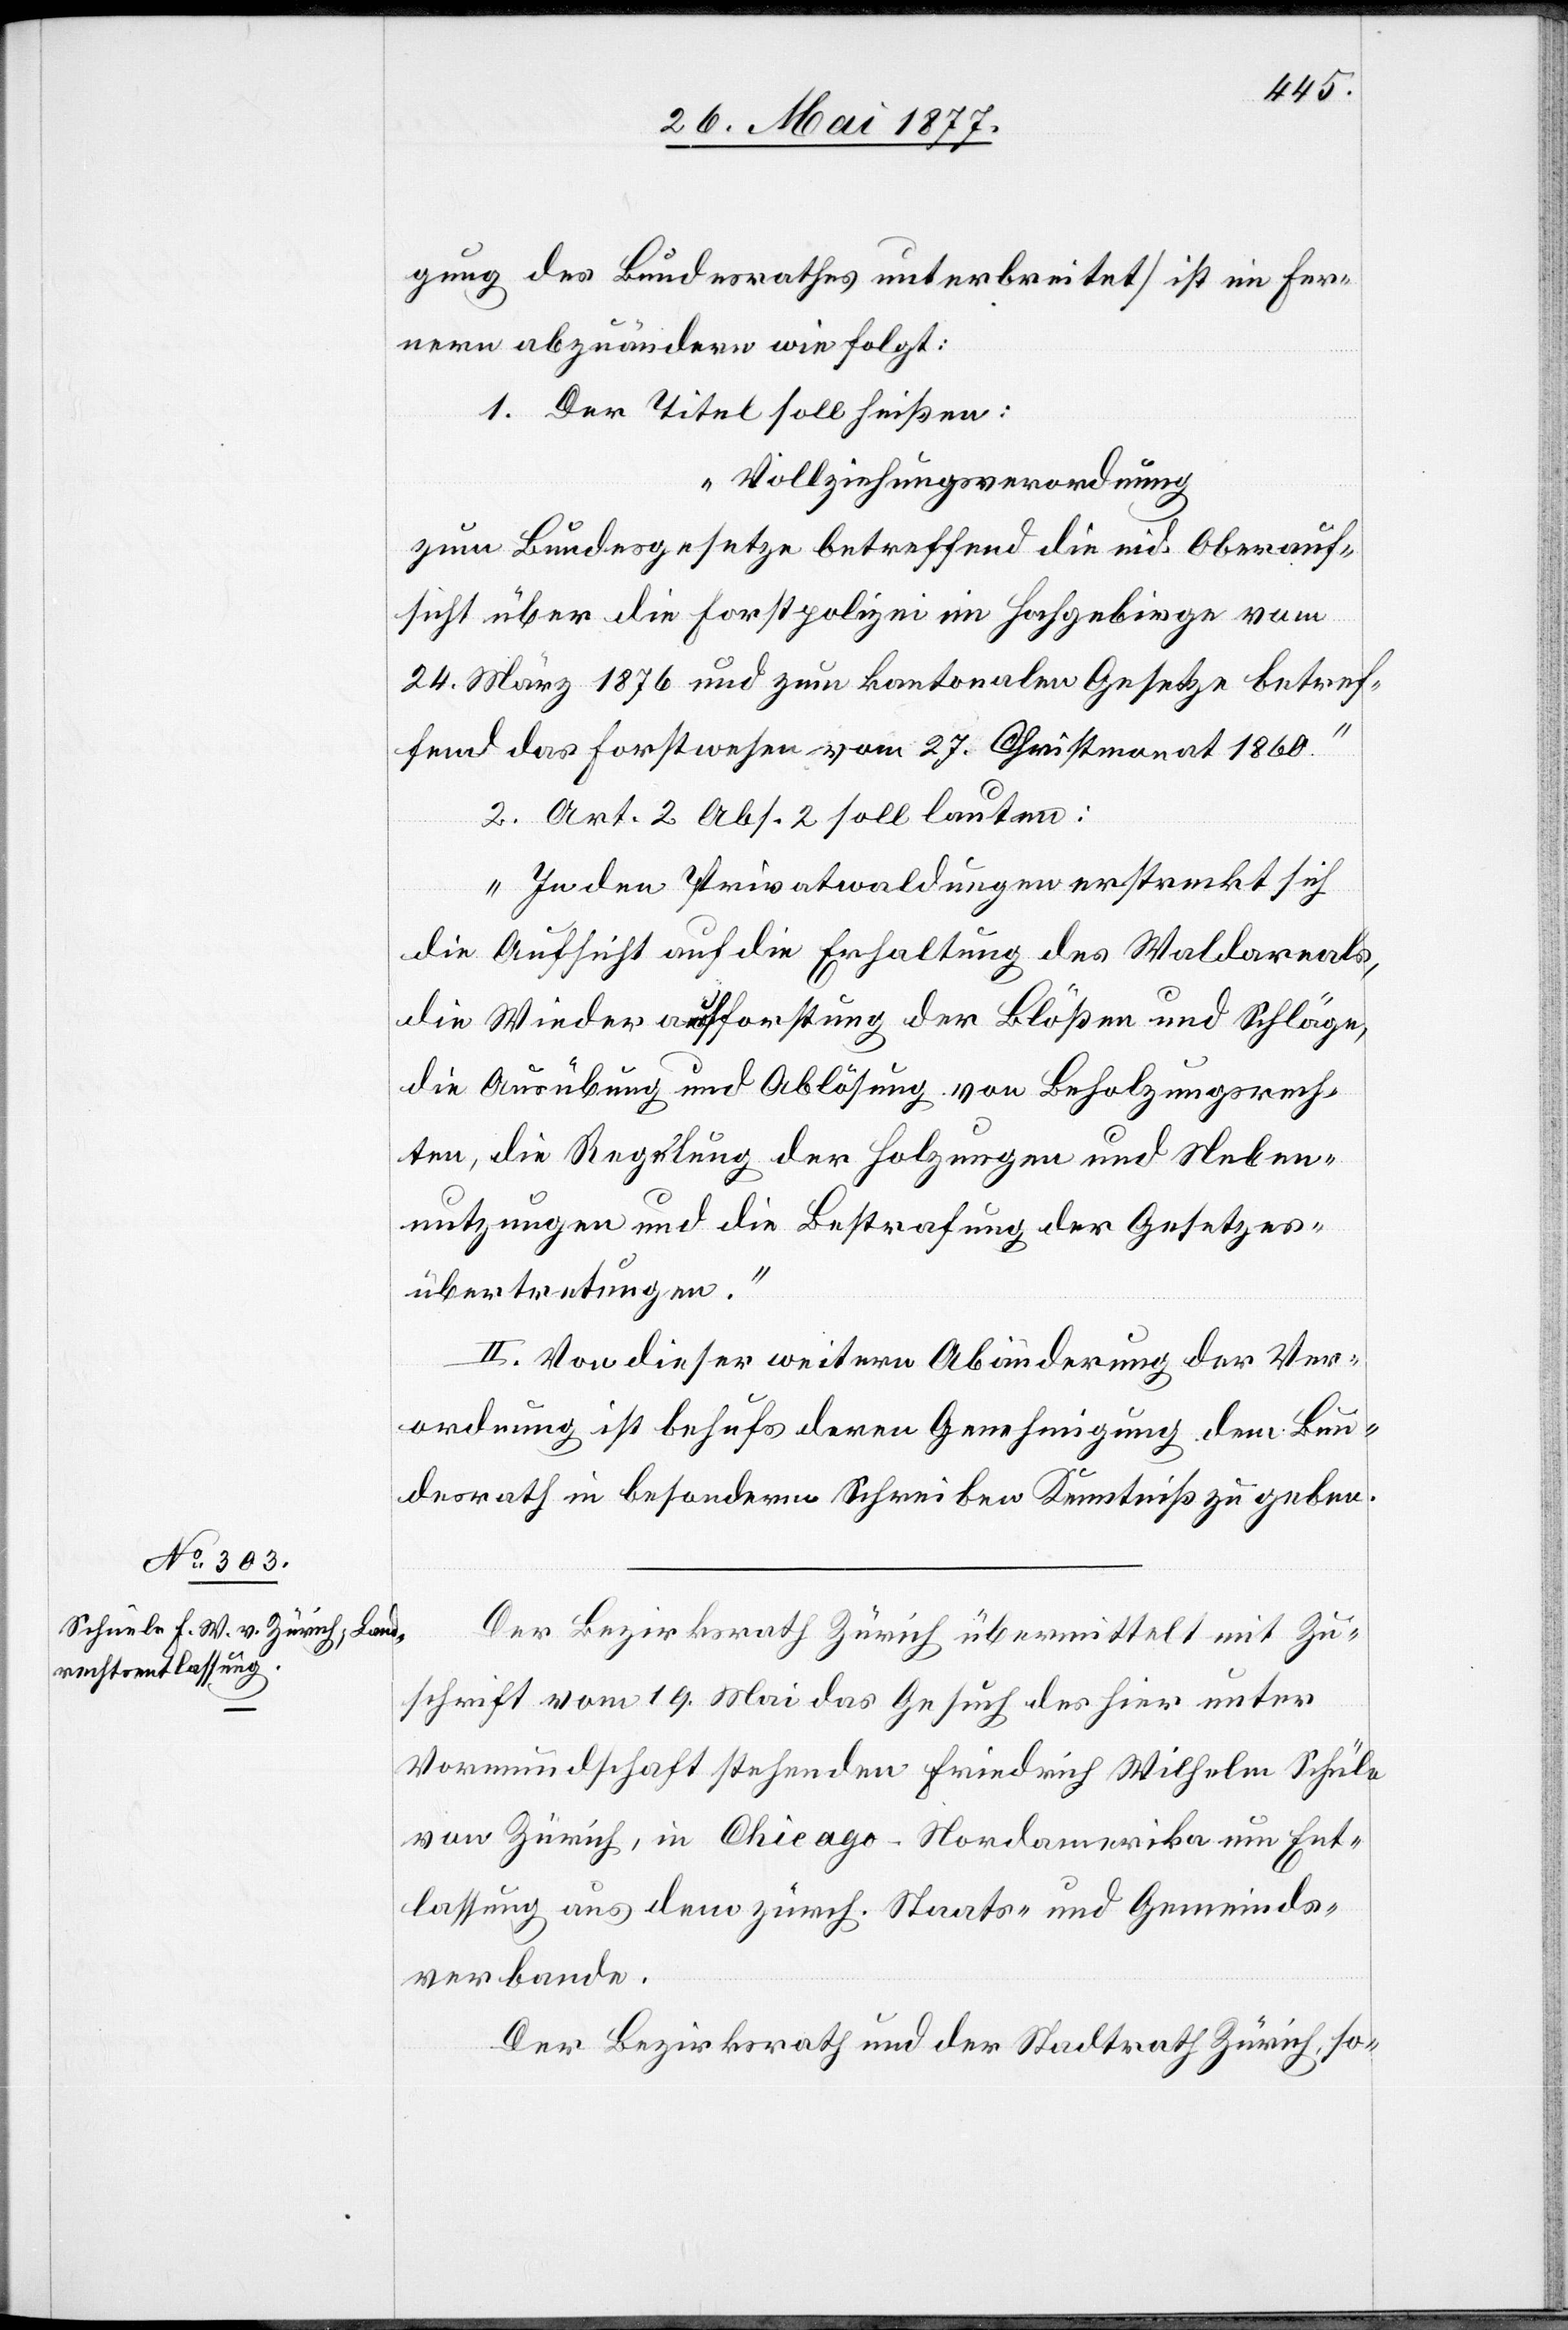
gung des Bundesrathes unterbreitet] ist im Fer¬
nern abzuändern wie folgt:
1. Der Titel soll heißen:
„Vollziehungsverordnung
zum Bundesgesetze betreffend die eid. Oberauf¬
sicht über die Forstpolizei im Hochgebirge vom
24. März 1876 und zum kantonalen Gesetze betref¬
fend das Forstwesen vom 27. Christmonat 1860.“
2. Art. 2 Abs. 2 soll lauten:
„In den Privatwaldungen erstreckt sich
die Aufsicht auf die Erhaltung des Waldareals,
die Wieseraufforstung der Blößen und Schläge,
die Ausübung und Ablösung von Beholzungsrech¬
ten, die Regelung der Holzungen und Neben¬
nutzungen und die Bestrafung der Gesetzes¬
übertretungen.“
II. Von dieser weitern Abänderung der Ver¬
ordnung ist behufs deren Genehmigung dem Bun¬
desrath in besonderm Schreiben Kenntniß zu geben.
Der Bezirksrath Zürich übermittelt mit Zu¬
schrift vom 19. Mai das Gesuch des hier unter
Vormundschaft stehenden Friedrich Wilhelm Schüle
von Zürich, in Chicago - Nordamerika um Ent¬
lassung aus dem zürch. Staats- und Gemeinds¬
verbande.
Der Bezirksrath und der Stadtrath Zürich, so-